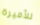
للأميرة